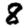
Digit: 8